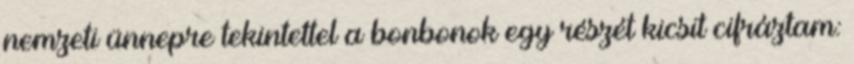
nemzeti ünnepre tekintettel a bonbonok egy részét kicsit cifráztam: